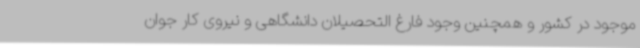
موجود در کشور و همچنین وجود فارغ التحصیلان دانشگاهی و نیروی کار جوان